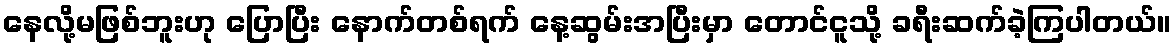
နေလို့မဖြစ်ဘူးဟု ပြောပြီး နောက်တစ်ရက် နေ့ဆွမ်းအပြီးမှာ တောင်ငူသို့ ခရီးဆက်ခဲ့ကြပါတယ်။